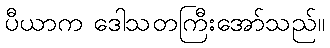
ပီယာက ဒေါသတကြီးအော်သည်။